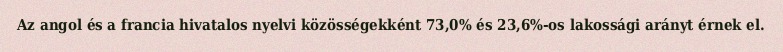
Az angol és a francia hivatalos nyelvi közösségekként 73,0% és 23,6%-os lakossági arányt érnek el.